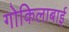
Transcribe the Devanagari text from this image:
गोकिलाबाई